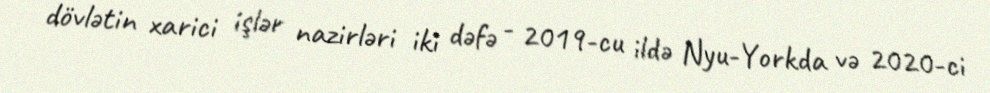
dövlətin xarici işlər nazirləri iki dəfə - 2019-cu ildə Nyu-Yorkda və 2020-ci